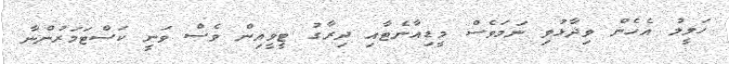
ޚަލީލު އެހެން ވިދާޅުވި ނަމަވެސް މީޑިއާނެޓާއި ދިރާގު ޓީވީއިން ވެސް ވަނީ ކަސްޓަމަރުންނާ